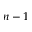
n - 1